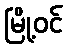
မြို့ဝင်